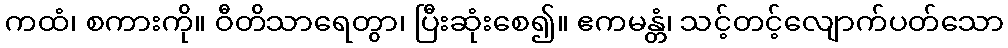
ကထံ၊ စကားကို။ ဝီတိသာရေတွာ၊ ပြီးဆုံးစေ၍။ ဧကမန္တံ၊ သင့်တင့်လျောက်ပတ်သော